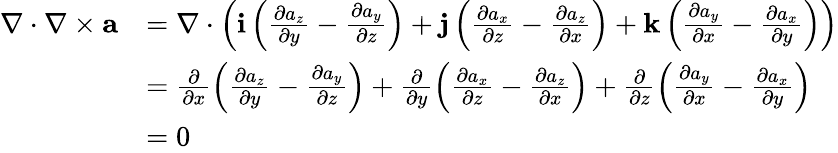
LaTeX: \begin{array}{rl}{\nabla\cdot\nabla\times{\mathbf a}}&{=\nabla\cdot\left({\mathbf i}\left(\frac{\partial a_{z}}{\partial y}-\frac{\partial a_{y}}{\partial z}\right)+{\mathbf j}\left(\frac{\partial a_{x}}{\partial z}-\frac{\partial a_{z}}{\partial x}\right)+{\mathbf k}\left(\frac{\partial a_{y}}{\partial x}-\frac{\partial a_{x}}{\partial y}\right)\right)}\\ &{=\frac{\partial}{\partial x}\left(\frac{\partial a_{z}}{\partial y}-\frac{\partial a_{y}}{\partial z}\right)+\frac{\partial}{\partial y}\left(\frac{\partial a_{x}}{\partial z}-\frac{\partial a_{z}}{\partial x}\right)+\frac{\partial}{\partial z}\left(\frac{\partial a_{y}}{\partial x}-\frac{\partial a_{x}}{\partial y}\right)}\\ &{=0}\end{array}